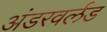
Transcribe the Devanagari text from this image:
अंडरवर्लड